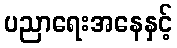
ပညာရေးအနေနှင့်